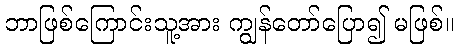
ဘာဖြစ်ကြောင်းသူ့အား ကျွန်တော်ပြော၍ မဖြစ်။